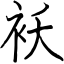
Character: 袄